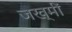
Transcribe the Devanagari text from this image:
जख्मीं